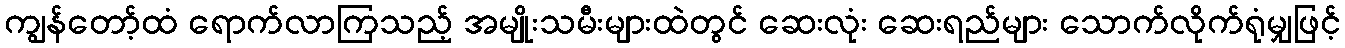
ကျွန်တော့်ထံ ရောက်လာကြသည့် အမျိုးသမီးများထဲတွင် ဆေးလုံး ဆေးရည်များ သောက်လိုက်ရုံမျှဖြင့်